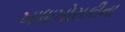
ખાધાખોરાકીના